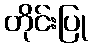
တိုင်းပြု